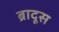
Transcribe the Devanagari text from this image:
ब्रादूस